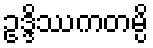
ဥဒ္ဒိဿကတမ္ပိ